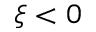
\xi < 0